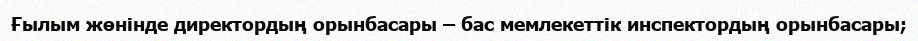
Ғылым жөнінде директордың орынбасары – бас мемлекеттік инспектордың орынбасары;